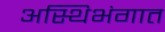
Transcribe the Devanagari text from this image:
अस्थिभंगात